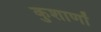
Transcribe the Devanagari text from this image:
कुशाणों